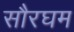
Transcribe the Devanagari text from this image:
सौरघम